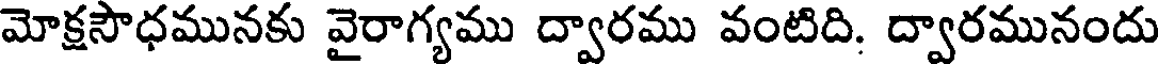
మోక్షసౌధమునకు వైరాగ్యము ద్వారము వంటిది. ద్వారమునందు